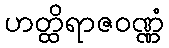
ဟတ္ထိရာဇဝဏ္ဏံ